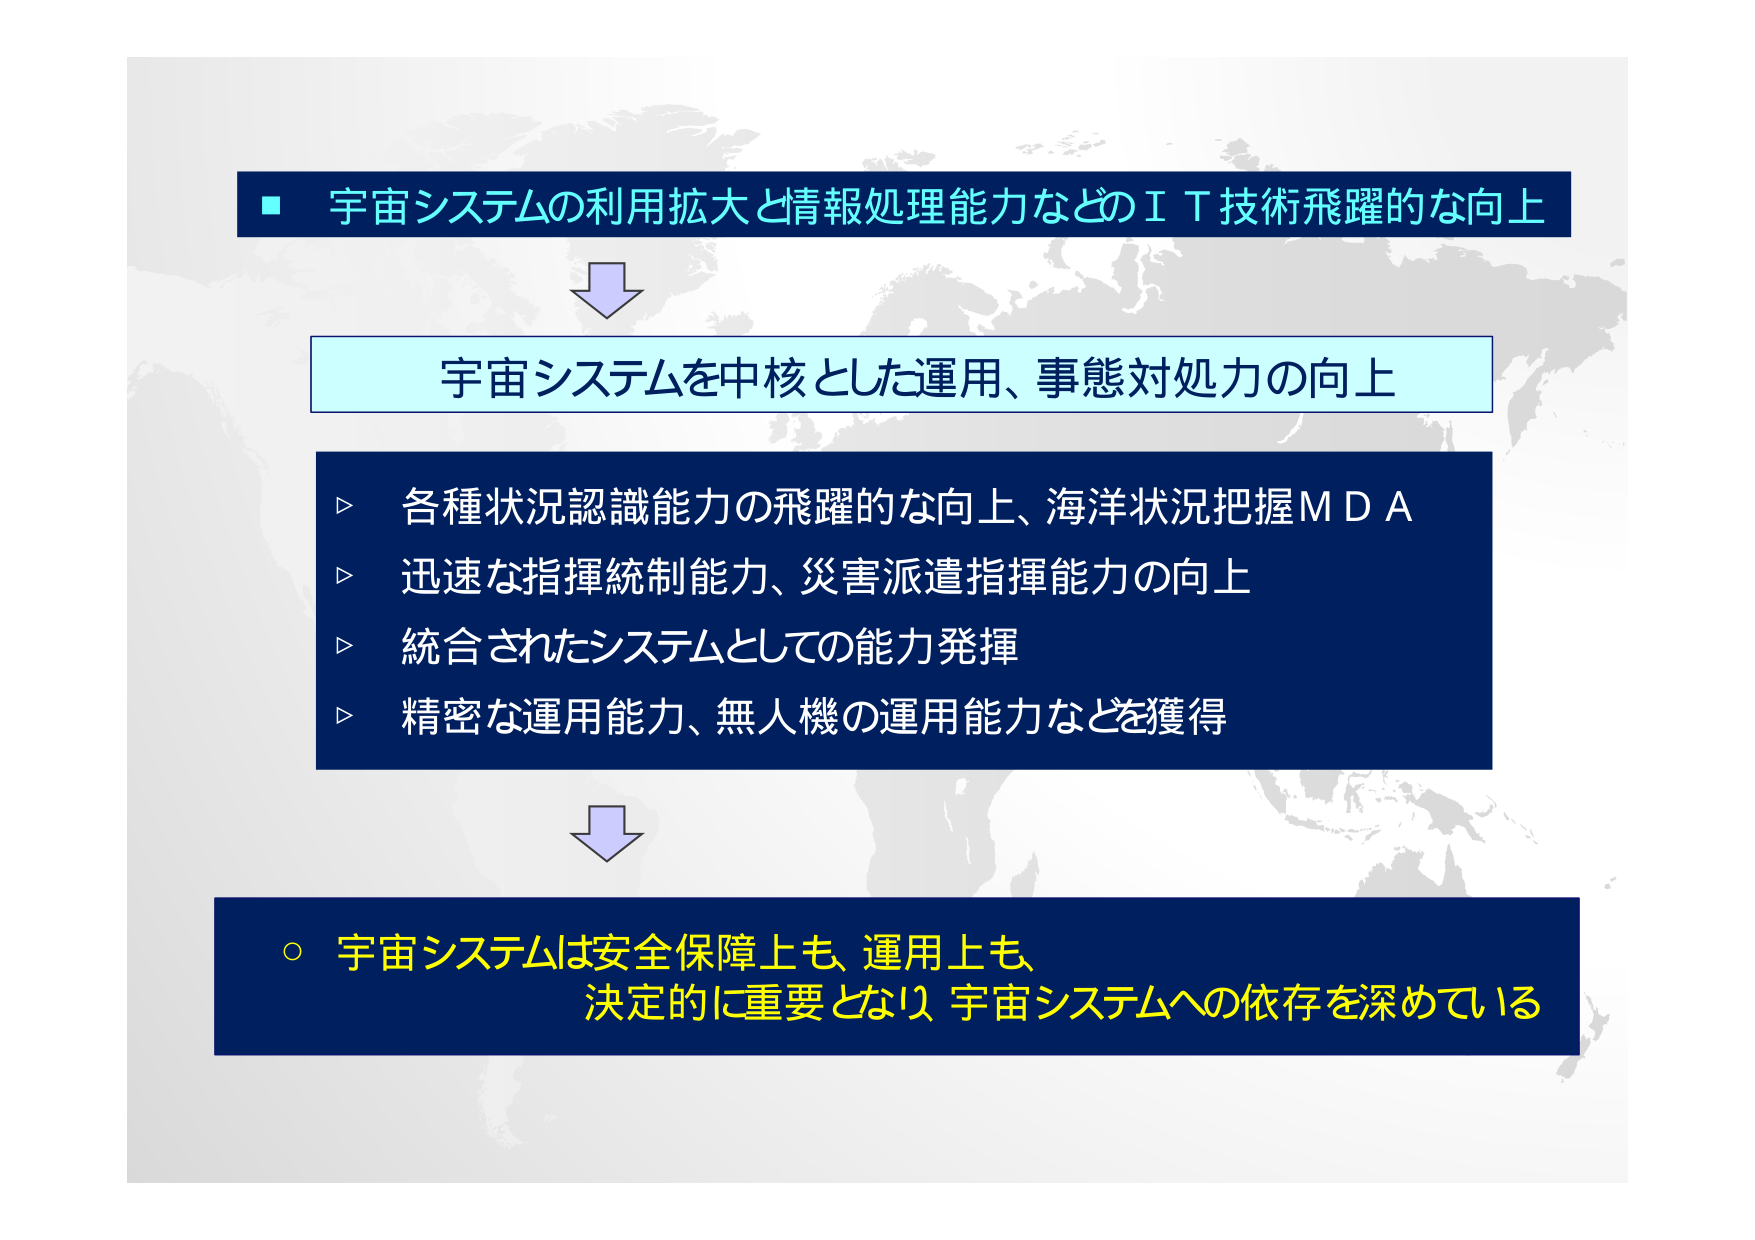
■ 宇宙システムの利用拡大と情報処理能力などのＩＴ技術飛躍的な向上

↓

宇宙システムを中核とした運用、事態対処力の向上

▷ 各種状況認識能力の飛躍的な向上、海洋状況把握ＭＤＡ
▷ 迅速な指揮統制能力、災害派遣指揮能力の向上
▷ 統合されたシステムとしての能力発揮
▷ 精密な運用能力、無人機の運用能力などを獲得

↓

○ 宇宙システムは安全保障上も、運用上も、
　決定的に重要となり、宇宙システムへの依存を深めている